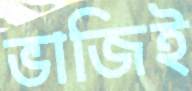
ভাজিই